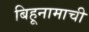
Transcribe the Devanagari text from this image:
बिहूनामाची